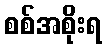
စစ်အစိုးရ